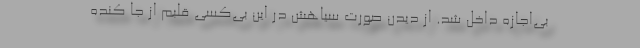
بی‌اجازه داخل شد. از دیدن صورت سیاهش در این بی‌کسی قلبم از جا کنده